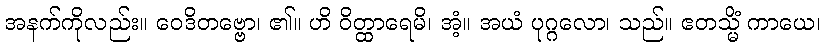
အနက်ကိုလည်း။ ဝေဒိတဗ္ဗော၊ ၏။ ဟိ ဝိတ္ထာရေမိ၊ အံ့။ အယံ ပုဂ္ဂလော၊ သည်။ ဧတသ္မိံ ကာယေ၊